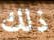
ذلك